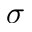
\sigma